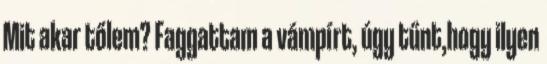
Mit akar tőlem? Faggattam a vámpírt, úgy tűnt,hogy ilyen